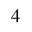
^ { 4 }